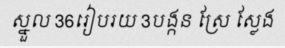
ស្នួល 36រៀបរយ 3បង្កន ស្រែ ស្លែង